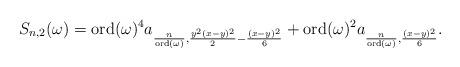
LaTeX: \begin{align*}S_{n,2}(\omega)=\mathrm{ord}(\omega)^4 a_{\frac{n}{\mathrm{ord}(\omega)},\frac{y^2(x-y)^2}{2}-\frac{(x-y)^2}{6}}+ \mathrm{ord}(\omega)^2 a_{\frac{n}{\mathrm{ord}(\omega)},\frac{(x-y)^2}{6}}.\end{align*}